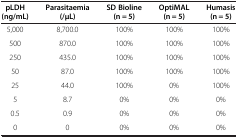
<table><thead><tr><td><b>pLDH (ng/mL)</b></td><td><b>Parasitaemia(/μL)</b></td><td><b>SD Bioline (n = 5)</b></td><td><b>OptiMAL (n = 5)</b></td><td><b>Humasis(n = 5)</b></td></tr></thead><tbody><tr><td>5,000</td><td>8,700.0</td><td>100%</td><td>100%</td><td>100%</td></tr><tr><td>500</td><td>870.0</td><td>100%</td><td>100%</td><td>100%</td></tr><tr><td>250</td><td>435.0</td><td>100%</td><td>100%</td><td>100%</td></tr><tr><td>50</td><td>87.0</td><td>100%</td><td>100%</td><td>100%</td></tr><tr><td>25</td><td>44.0</td><td>100%</td><td>0%</td><td>100%</td></tr><tr><td>5</td><td>8.7</td><td>0%</td><td>0%</td><td>0%</td></tr><tr><td>0.5</td><td>0.9</td><td>0%</td><td>0%</td><td>0%</td></tr><tr><td>0</td><td>0</td><td>0%</td><td>0%</td><td>0%</td></tr></tbody></table>